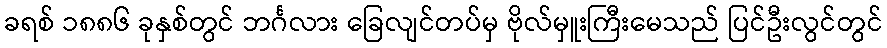
ခရစ် ၁၈၈၆ ခုနှစ်တွင် ဘင်္ဂလား ခြေလျင်တပ်မှ ဗိုလ်မှူးကြီးမေသည် ပြင်ဦးလွင်တွင်